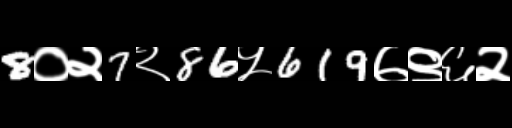
Text: 8०२7२86५619७९६२